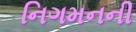
નિગમનની